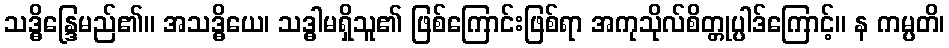
သဒ္ဓိန္ဒြေမည်၏။ အသဒ္ဓိယေ၊ သဒ္ဓါမရှိသူ၏ ဖြစ်ကြောင်းဖြစ်ရာ အကုသိုလ်စိတ္တုပ္ပါဒ်ကြောင့်။ န ကမ္ပတိ၊